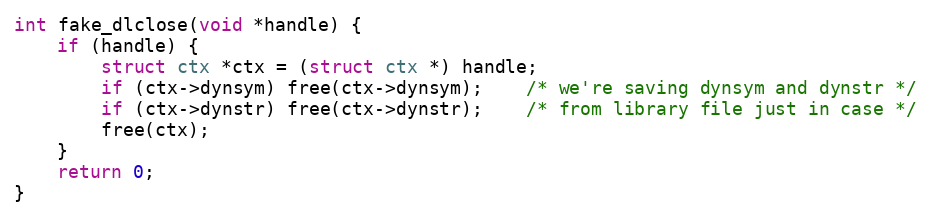
Language: C++
int fake_dlclose(void *handle) {
	if (handle) {
		struct ctx *ctx = (struct ctx *) handle;
		if (ctx->dynsym) free(ctx->dynsym);    /* we're saving dynsym and dynstr */
		if (ctx->dynstr) free(ctx->dynstr);    /* from library file just in case */
		free(ctx);
	}
	return 0;
}